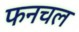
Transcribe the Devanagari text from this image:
फनचल